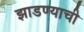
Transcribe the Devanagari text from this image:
झाडण्याची